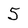
Character: 5